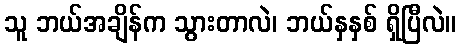
သူ ဘယ်အချိန်က သွားတာလဲ၊ ဘယ်နှနှစ် ရှိပြီလဲ။